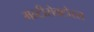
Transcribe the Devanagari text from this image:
मल्टीसेक्टोरल